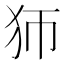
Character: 𤜳